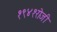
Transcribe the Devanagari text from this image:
१९४१रोजी